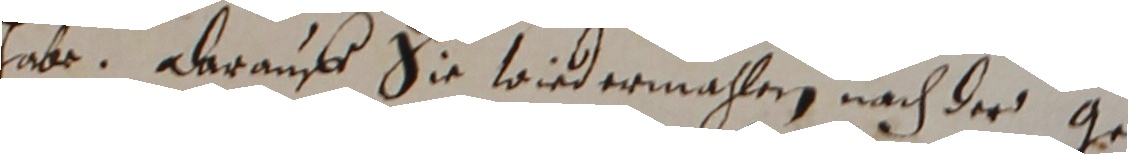
habe. Darauff sie wiedermahler nach der ge